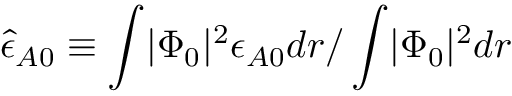
\hat { \epsilon } _ { A 0 } \equiv \int \lvert \Phi _ { 0 } \rvert ^ { 2 } \epsilon _ { A 0 } d r / \int \lvert \Phi _ { 0 } \rvert ^ { 2 } d r